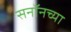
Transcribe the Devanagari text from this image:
सनॉनच्या